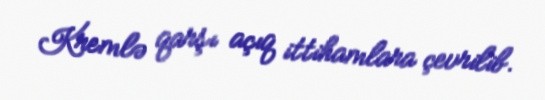
Kremlə qarşı açıq ittihamlara çevrilib.